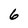
Character: 6